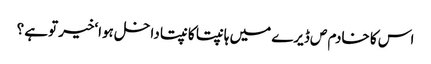
اس کا خادم ص ڈیرے میں ہانپتا کانپتا داخل ہوا‘خیر توہے ؟